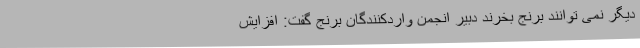
دیگر نمی توانند برنج بخرند دبیر انجمن واردکنندگان برنج گفت: افزایش